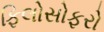
ફિલોસોફરો